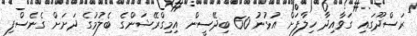
ރަސްދޫގައި ގަވާއިދާ ހިލާފަށް އުޅުނު 60 ބިދޭސީން އިމިގްރޭޝަންގެ ބެލުމުގެ ދަށަށް ގެނެސްފި